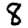
Digit: 8